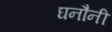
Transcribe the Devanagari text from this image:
घनौनी